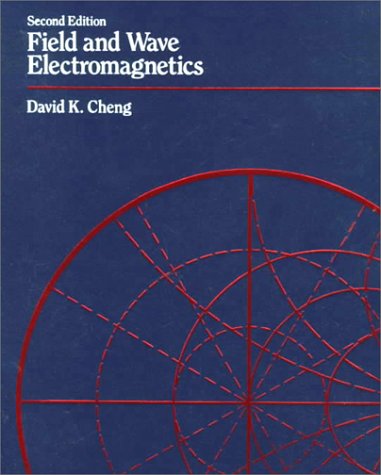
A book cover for Field and Wave Electromagnetics (2nd Edition); David K. Cheng; Science & Math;